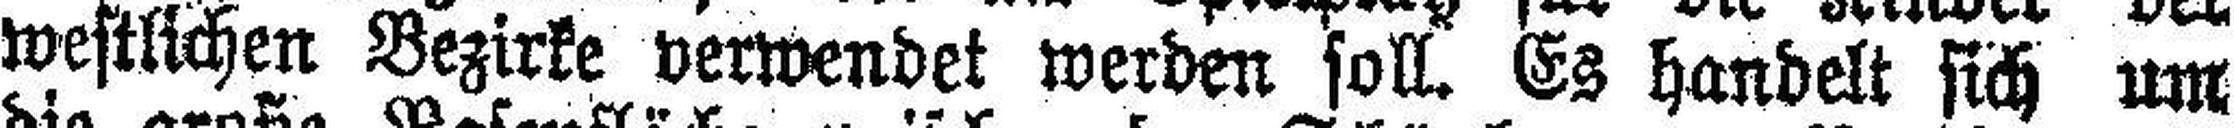
westlichen Bezirke verwendet werden soll. Es handelt sich um